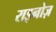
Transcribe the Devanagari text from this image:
राइनोज़